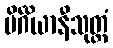
ပိင်္ဂိယာနီသုတ္တံ